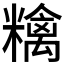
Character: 𥼝